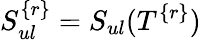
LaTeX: S_{ul}^{\{ r\} }=S_{ul}(T^{\{ r\} })